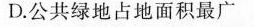
D.公共绿地占地面积最广